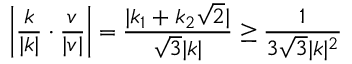
\mathopen { } \mathclose \bgroup \left| \frac { k } { | k | } \cdot \frac { v } { | v | } \aftergroup \egroup \right| = \frac { | k _ { 1 } + k _ { 2 } \sqrt { 2 } | } { \sqrt { 3 } | k | } \geq \frac { 1 } { 3 \sqrt { 3 } | k | ^ { 2 } }